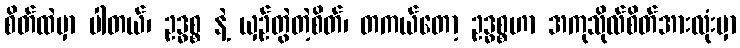
စိတ်ထဲမှာ ပါတယ်၊ ဥဒ္ဓစ္စ နဲ့ ယှဉ်တွဲတဲ့စိတ်၊ တကယ်တော့ ဥဒ္ဓစ္စဟာ အကုသိုလ်စိတ်အားလုံးမှာ